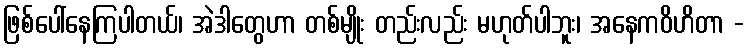
ဖြစ်ပေါ်နေကြပါတယ်၊ အဲဒါတွေဟာ တစ်မျိုး တည်းလည်း မဟုတ်ပါဘူး၊ အနေကဝိဟိတာ -